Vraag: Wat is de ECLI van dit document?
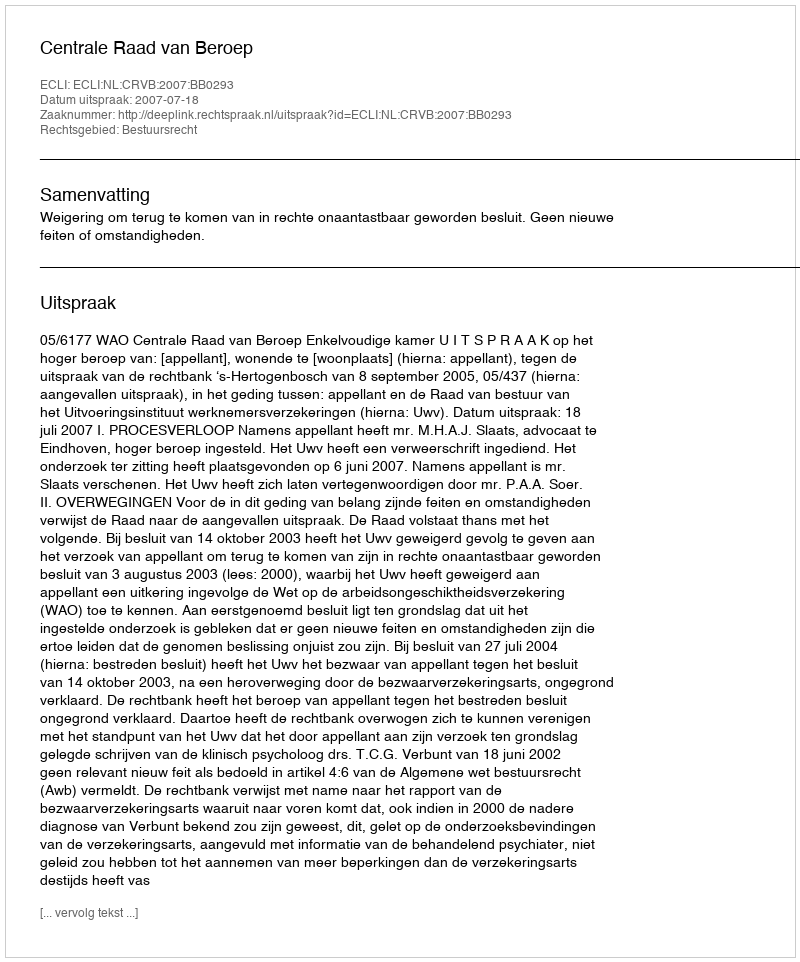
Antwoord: ECLI:NL:CRVB:2007:BB0293